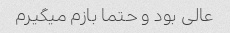
عالی بود و حتما بازم میگیرم